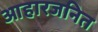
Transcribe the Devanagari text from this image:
आहारजनित